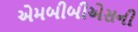
એમબીબીએસની